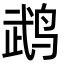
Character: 鹉